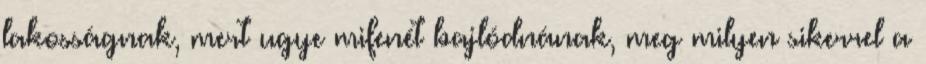
lakosságnak, mert ugye mifenét bajlódnának, meg milyen sikerrel a